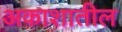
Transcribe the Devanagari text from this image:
अकाशातील